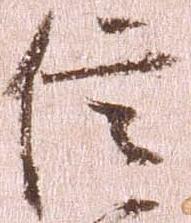
信